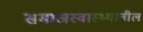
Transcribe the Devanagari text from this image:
समाजस्वास्थ्यातील